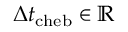
\Delta t _ { \mathrm { c h e b } } \in \mathbb { R }